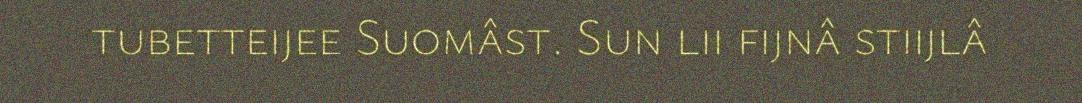
tubetteijee Suomâst. Sun lii fijnâ stiijlâ